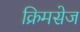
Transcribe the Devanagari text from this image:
क्रिमसेज